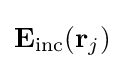
\mathbf {E} _{\mathrm {inc} }(\mathbf {r} _{j})